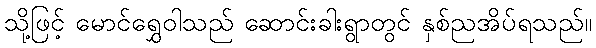
သို့ဖြင့် မောင်ရွှေဝါသည် ဆောင်းခါးရွာတွင် နှစ်ညအိပ်ရသည်။